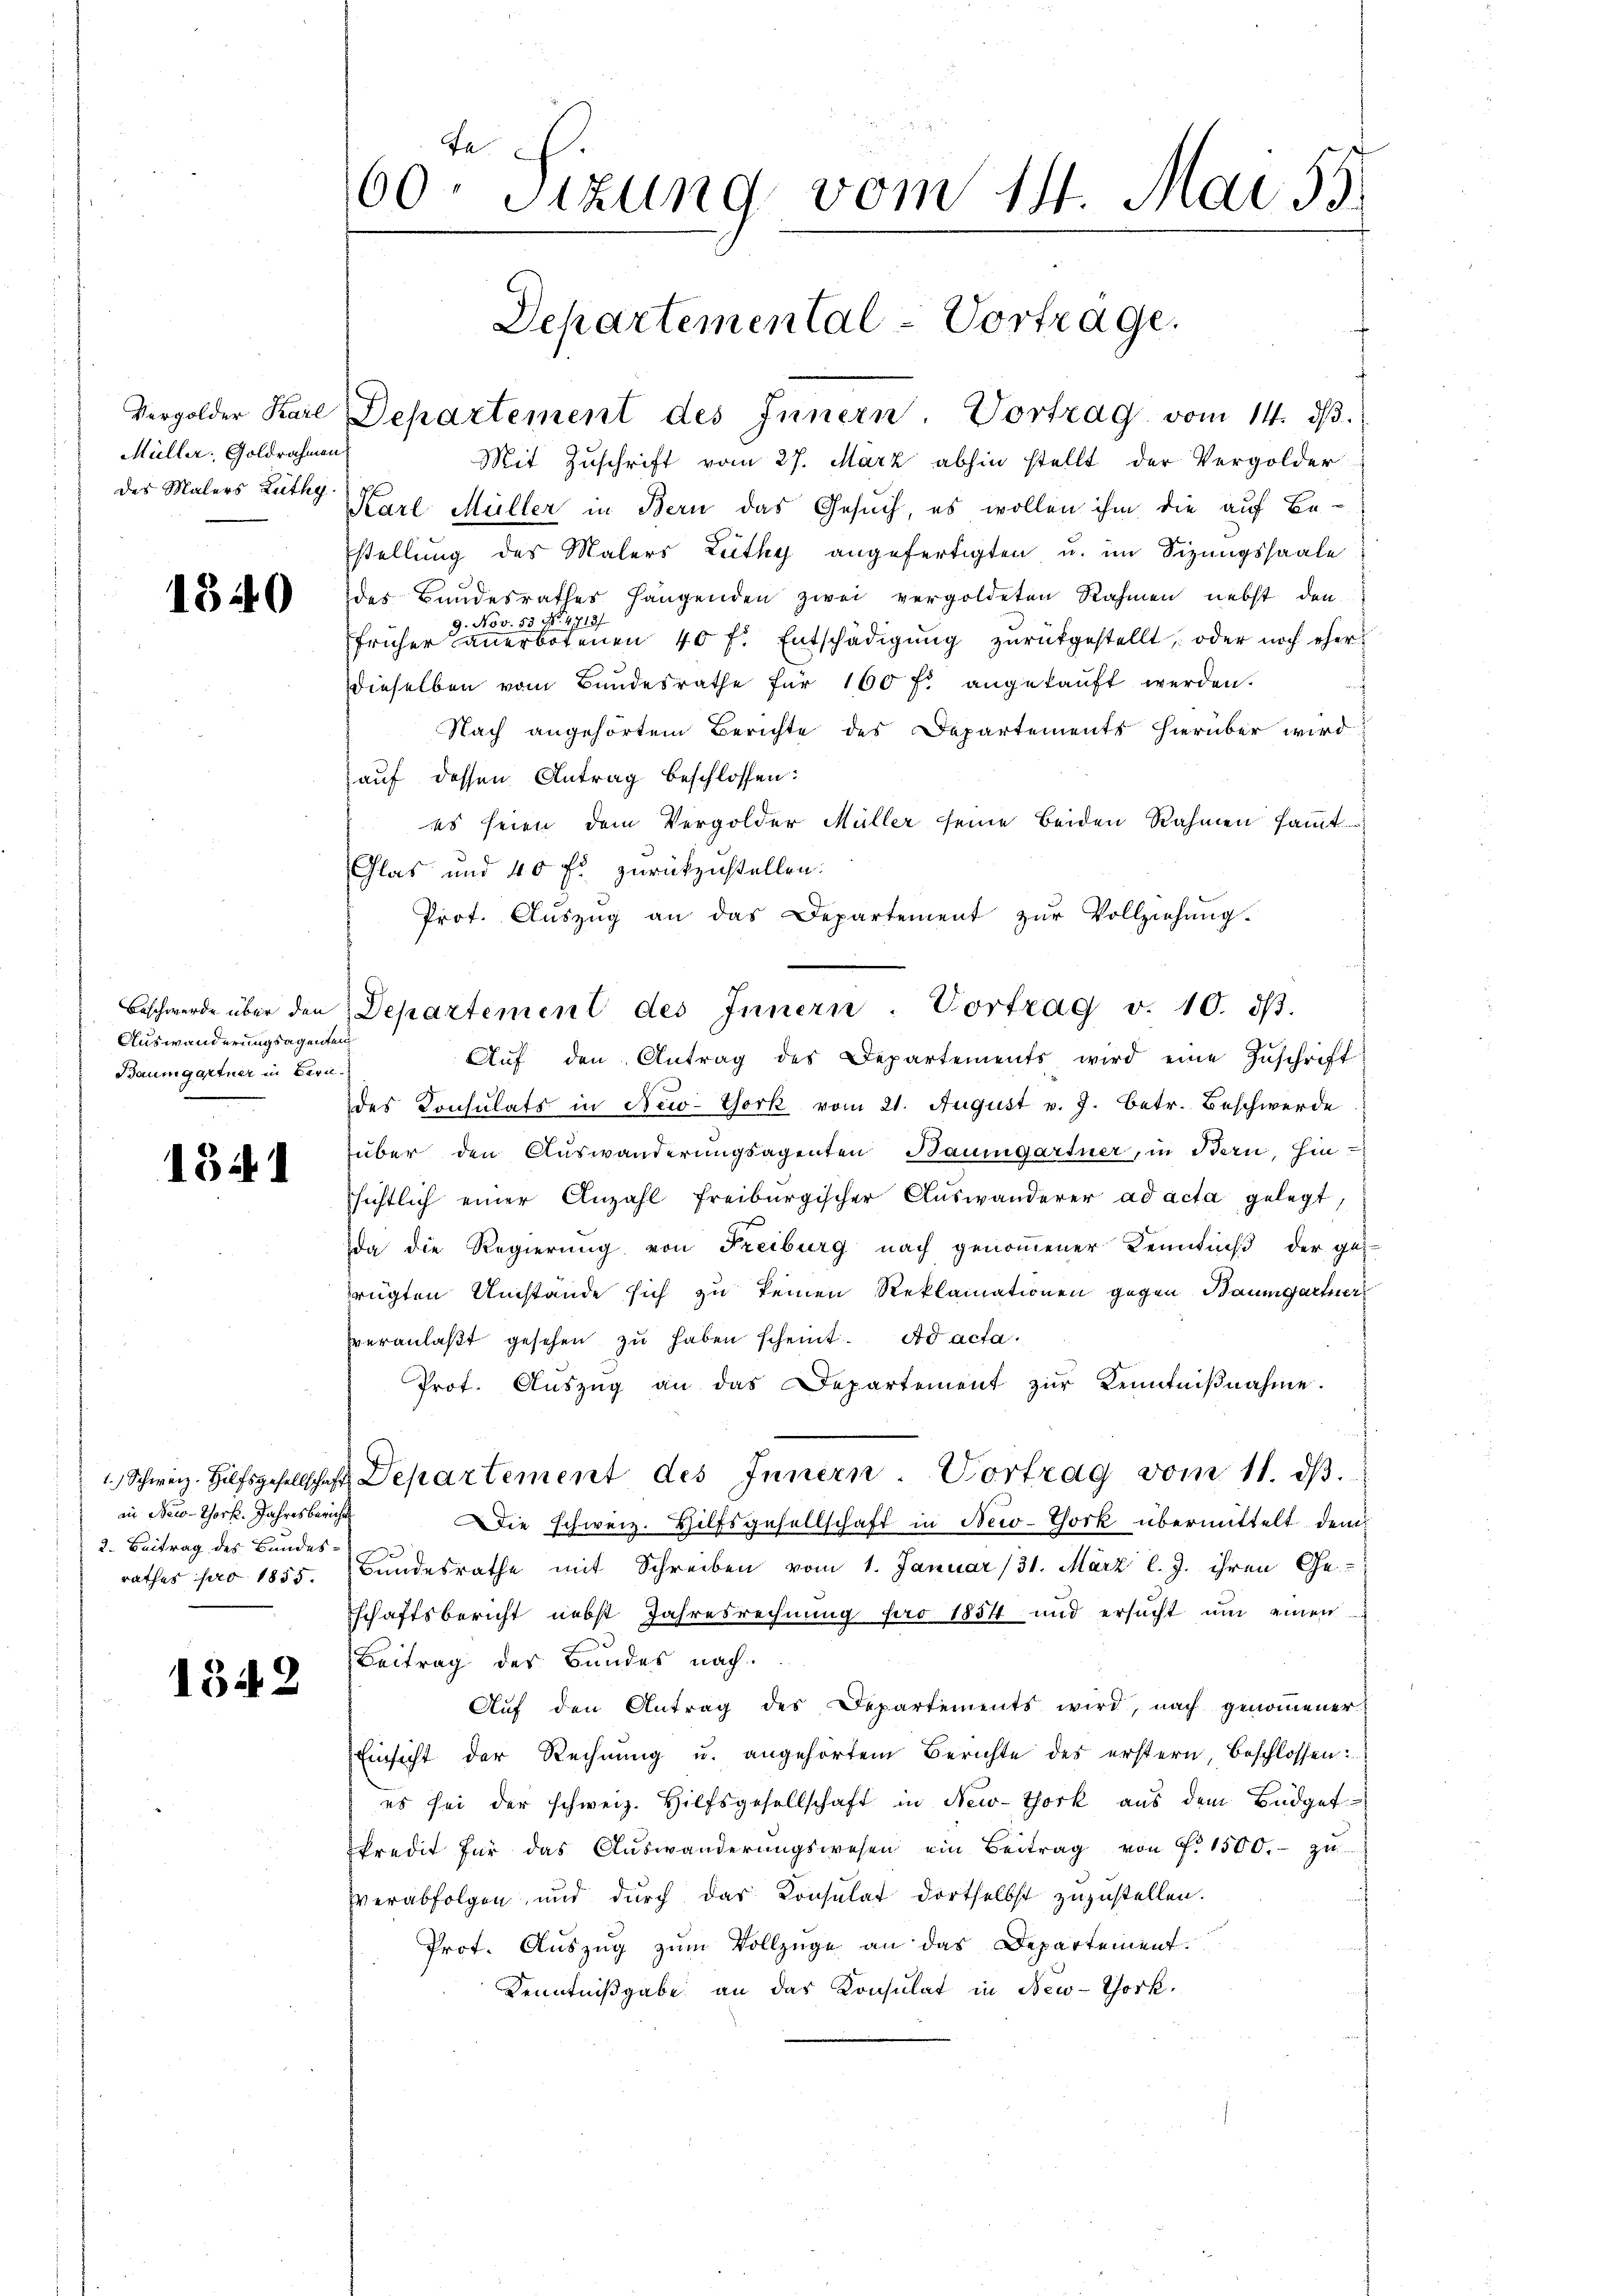
Müller, Goldrahmen
des Malers Zuthy

1840

Beschwerde über den
Auswanderungsagenten
Baumgartner in Bern.

1341

in Neco-Thors. Jahresbericht
2. Beitrag des Bundesrathes pro 1855.

1342

Fr
60. Sizung vom 14. Mai 53.

Mit Zuschrift vom 27. März abhin stellt der Vergolder
Karl Müller in Bern das Gesuch, es wollen ihm die auf Be-
stellung des Malers Lüthy angefertigten u. im Sizungssaale
des Bandesrathes hängenden zwei vergoldeten Rahmen nebst den
9. Nov. 535 No 47181
früher anerbotenen 40 f. Entschädigŭng zŭrückgestellt, oder noch eher
dieselben vom Bundesrathe für 160 f. angekaŭft werden.
Nach angehörtem Berichte des Departements hierüber wird
auf dessen Antrag beschlossen:
es seien dem Vergolder Müller seine beiden Rahmen sammt
Glas und 40 fl zurückzustellen.
Prot. Aŭszŭg an das Departement zŭr Vollziehung.
Departement des Innern. Vortrag v. 10. dβ.
Aŭf den Antrag des Departements wird eine Zŭschrift
des Consulats in New-York vom 21. August v. J. betr. Beschwerde
über den Auswanderungsagenten Baumgartner, in Bern, hin-
sichtlich einer Anzahl freiburgischer Auswanderer ad acta gelegt,
da die Regierung von Freiburg nach genoṁener Kenntniβ der ge-
rügten Umstände sich zu keinen Reklamationen gegen Baumgartner
vveranlaβt gesehen zŭ haben scheint. Ad acta.
Prot. Aŭszŭg an das Departement zŭr Kenntniβnahme.
1 Schweiz. Hilfsgesellschaft Departement des Innern Vortrag vom 11. dβ.
ie schweiz. Hilfsgesellschaft in New-York übermittelt dem
Bundesrathe mit Schreiben vom 1. Januar (31. März l. J. ihren Ge-
schaftsbericht nebst Jahresrechnung pro 1854 und ersucht um einen
Beitrag des Bundes nach.
Aŭf den Antrag des Departements wird, nach genoṁener
Einsicht der Rechnŭng u. angehörtem Berichte des erstern, beschlossen:
es sei der schweiz. Hilfsgesellschaft in New-York aus dem Büdget
kredit für das Auswanderungswesen ein Beitrag von P. 1500.- zu
Verabfolgen und durch das Konsulat dortselbst zuzustellen.
Prot. Auszug zum Vollzüge an das Departement.
Kenntnißgabe an das Konsulat in New-York,

Departemental - Vortrage.
Vergolder Karl Departement des Innern. Vortrag vom 14. dβ.